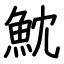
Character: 魫